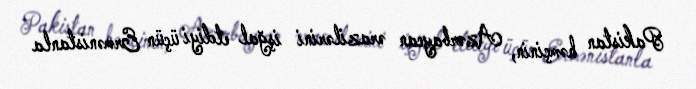
Pakistan həmçinin, Azərbaycan ərazilərini işğal etdiyi üçün Ermənistanla